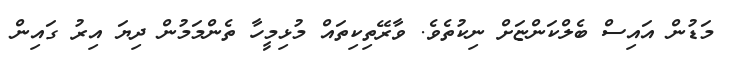
މަޑުން އައިސް ބެލްކަންޏަށް ނިކުތެވެ. ވާރޭތިކިތައް މުޅިމީހާ ތެންމަމުން ދިޔަ އިރު ގައިން